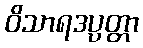
ဝိသာရဒပ္ပတ္တာ